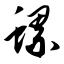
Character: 螺